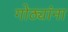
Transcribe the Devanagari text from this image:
गोठ्यांना